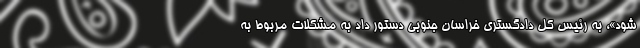
شود»، به رئیس کل دادگستری خراسان جنوبی دستور داد به مشکلات مربوط به